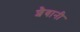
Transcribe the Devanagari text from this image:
शैबानी